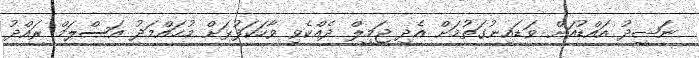
ނަޝީދު އައްޑުއަށް ވަޑައިނުގަތުމަށް އެދި ޖަމީލް ދެއްކެވި ވާހަކަފުޅަށް މުޙައްމަދު އަސްލަމް ރައްދު